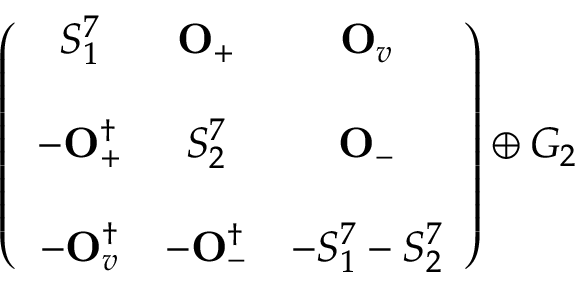
\left( \begin{array} { c c c } { { S _ { 1 } ^ { 7 } } } & { { { \bf O } _ { + } } } & { { { \bf O } _ { v } } } \\ { { } } & { { } } & { { } } \\ { { - { \bf O } _ { + } ^ { \dagger } } } & { { S _ { 2 } ^ { 7 } } } & { { { \bf O } _ { - } } } \\ { { } } & { { } } & { { } } \\ { { - { \bf O } _ { v } ^ { \dagger } } } & { { - { \bf O } _ { - } ^ { \dagger } } } & { { - S _ { 1 } ^ { 7 } - S _ { 2 } ^ { 7 } } } \end{array} \right) \oplus G _ { 2 }